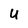
Character: U